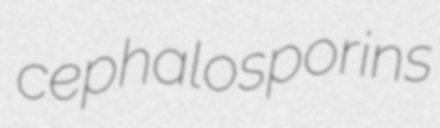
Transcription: cephalosporins